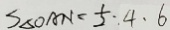
S _ { \Delta O A N } = \frac { 1 } { 2 } \cdot 4 . 6